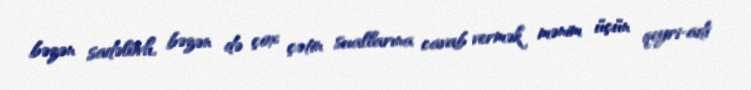
bəzən sadəlövh, bəzən də çox çətin suallarına cavab vermək mənim üçün qeyri-adi